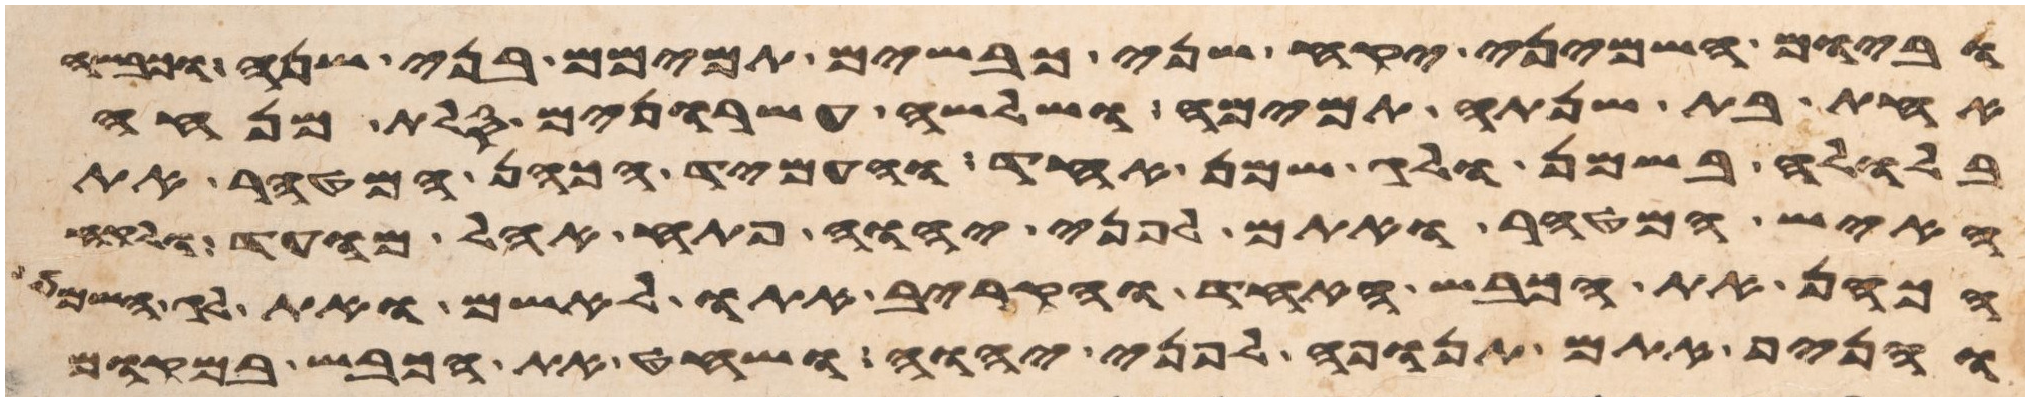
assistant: וביום השמיני יקח שני כבשים תמימם בני שנה וכבשה
אחת בת שנתה תמימה ושלשה עשרנים סלת מנחה
בלולה בשמן ולג שמן אחד והעמיד הכהן המטהר את
האיש המטהר ואתם לפני יהוה פתח אהל מועד
הכהן את הכבש האחד והקריב אתו לאשם ואת
והניף אתם תנופה לפני יהוה ושחט את הכבש במקום